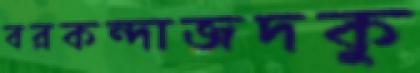
বরকন্দাজদকু